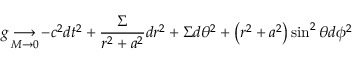
g \mathop { \longrightarrow } _ { M \to 0 } - c ^ { 2 } d t ^ { 2 } + { \frac { \Sigma } { r ^ { 2 } + a ^ { 2 } } } d r ^ { 2 } + \Sigma d \theta ^ { 2 } + \left( r ^ { 2 } + a ^ { 2 } \right) \sin ^ { 2 } \theta d \phi ^ { 2 }